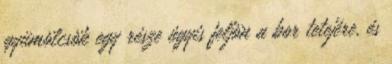
gyümölcsök egy része úgyis feljön a bor tetejére, és